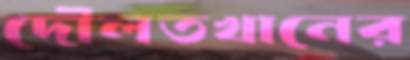
দৌলতখানের